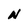
Character: N